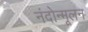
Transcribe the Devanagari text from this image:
नंदोन्मूलन